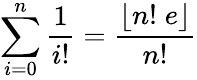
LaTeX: \sum_{i=0}^{n}{\frac{1}{i!}}={\frac{\lfloor n!\; e\rfloor}{n!}}